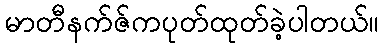
မာတီနက်ဇ်ကပုတ်ထုတ်ခဲ့ပါတယ်။